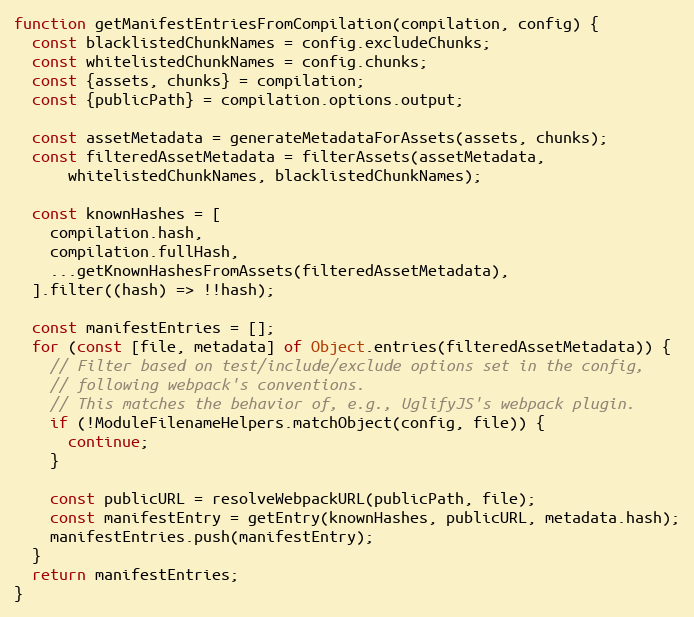
Language: JavaScript
function getManifestEntriesFromCompilation(compilation, config) {
  const blacklistedChunkNames = config.excludeChunks;
  const whitelistedChunkNames = config.chunks;
  const {assets, chunks} = compilation;
  const {publicPath} = compilation.options.output;

  const assetMetadata = generateMetadataForAssets(assets, chunks);
  const filteredAssetMetadata = filterAssets(assetMetadata,
      whitelistedChunkNames, blacklistedChunkNames);

  const knownHashes = [
    compilation.hash,
    compilation.fullHash,
    ...getKnownHashesFromAssets(filteredAssetMetadata),
  ].filter((hash) => !!hash);

  const manifestEntries = [];
  for (const [file, metadata] of Object.entries(filteredAssetMetadata)) {
    // Filter based on test/include/exclude options set in the config,
    // following webpack's conventions.
    // This matches the behavior of, e.g., UglifyJS's webpack plugin.
    if (!ModuleFilenameHelpers.matchObject(config, file)) {
      continue;
    }

    const publicURL = resolveWebpackURL(publicPath, file);
    const manifestEntry = getEntry(knownHashes, publicURL, metadata.hash);
    manifestEntries.push(manifestEntry);
  }
  return manifestEntries;
}